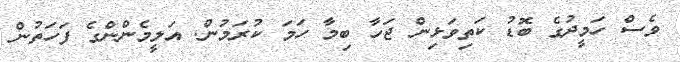
ވެސް ހަމީދުގެ ބޮޑު ކަތިވަޅިން ޖަހާ ބިމާ ހަމަ ކުރަމުން